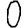
Digit: 0